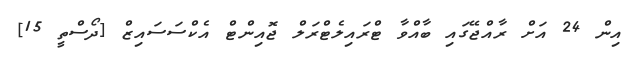
އިން 24 އަށް ރާއްޖޭގައި ބާއްވާ ޓްރައިލެޓްރަލް ޖޮއިންޓް އެކްސަސައިޒް [ދޯސްތީ 15]